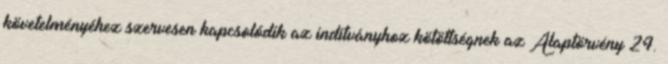
követelményéhez szervesen kapcsolódik az indítványhoz kötöttségnek az Alaptörvény 24.